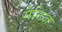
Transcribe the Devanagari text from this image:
मेनिज